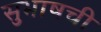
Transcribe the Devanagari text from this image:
सुभाषची